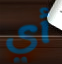
أي